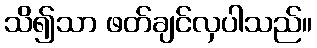
သိ၍သာ ဖတ်ချင်လှပါသည်။